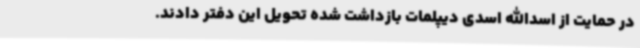
در حمایت از اسدالله اسدی دیپلمات بازداشت شده تحویل این دفتر دادند.